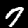
Label: 7